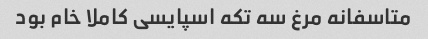
متاسفانه مرغ سه تکه اسپایسی کاملا خام بود